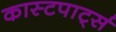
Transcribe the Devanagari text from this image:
कास्टपार्ट्स